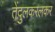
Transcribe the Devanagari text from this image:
तेंदुलकरलकर